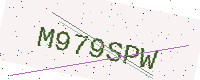
Text: M979SPW